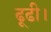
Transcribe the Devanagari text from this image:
ढूढी।